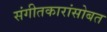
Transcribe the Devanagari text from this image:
संगीतकारांसोबत